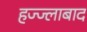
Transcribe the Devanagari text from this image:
हज्ज्लाबाद